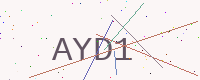
Text: AYD1